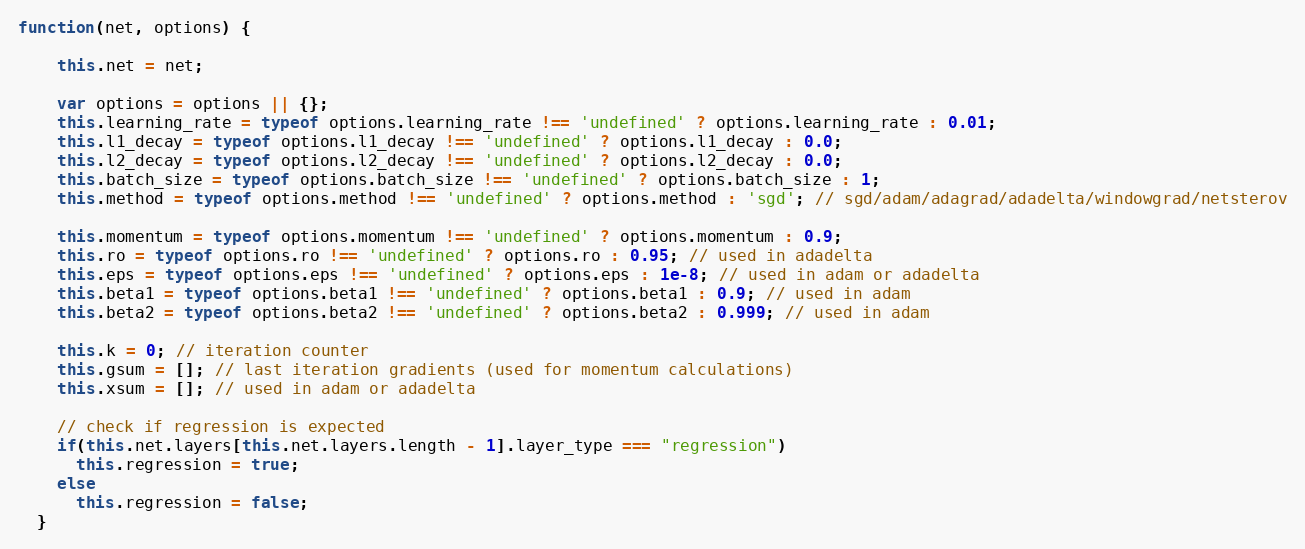
Language: JavaScript
function(net, options) {

    this.net = net;

    var options = options || {};
    this.learning_rate = typeof options.learning_rate !== 'undefined' ? options.learning_rate : 0.01;
    this.l1_decay = typeof options.l1_decay !== 'undefined' ? options.l1_decay : 0.0;
    this.l2_decay = typeof options.l2_decay !== 'undefined' ? options.l2_decay : 0.0;
    this.batch_size = typeof options.batch_size !== 'undefined' ? options.batch_size : 1;
    this.method = typeof options.method !== 'undefined' ? options.method : 'sgd'; // sgd/adam/adagrad/adadelta/windowgrad/netsterov

    this.momentum = typeof options.momentum !== 'undefined' ? options.momentum : 0.9;
    this.ro = typeof options.ro !== 'undefined' ? options.ro : 0.95; // used in adadelta
    this.eps = typeof options.eps !== 'undefined' ? options.eps : 1e-8; // used in adam or adadelta
    this.beta1 = typeof options.beta1 !== 'undefined' ? options.beta1 : 0.9; // used in adam
    this.beta2 = typeof options.beta2 !== 'undefined' ? options.beta2 : 0.999; // used in adam

    this.k = 0; // iteration counter
    this.gsum = []; // last iteration gradients (used for momentum calculations)
    this.xsum = []; // used in adam or adadelta

    // check if regression is expected
    if(this.net.layers[this.net.layers.length - 1].layer_type === "regression")
      this.regression = true;
    else
      this.regression = false;
  }